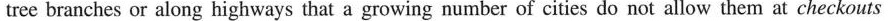
tree branches or along highways that a growing number of cities do not allow them at checkouts